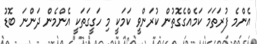
އެންމެ ފުރަތަމަ ކަމެއްގެގޮތުން ކުރަންވީ ކަމަކީ މި ހަގީގަތަކީ އެންމެން ދަންނަ ބޮޑު